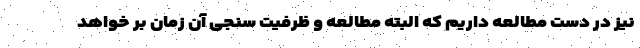
نیز در دست مطالعه داریم که البته مطالعه و ظرفیت سنجی آن زمان بر خواهد